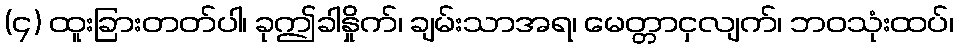
(၄) ထူးခြားတတ်ပါ၊ ခုဤခါနှိုက်၊ ချမ်းသာအရ၊ မေတ္တာငှလျက်၊ ဘဝသုံးထပ်၊